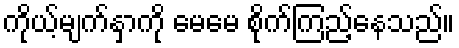
ကိုယ့်မျက်နှာကို မေမေ စိုက်ကြည့်နေသည်။